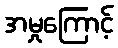
အမှုကြောင့်